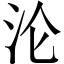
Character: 沦